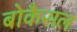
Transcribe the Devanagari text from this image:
बोकैसल